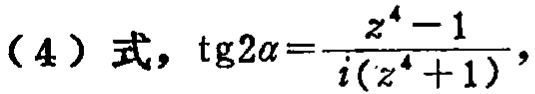
（4）式，$\mathrm{tg}2\alpha=\frac{z^{4}-1}{i(z^{4}+1)}$，